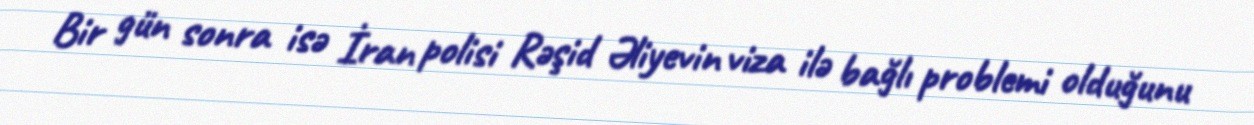
Bir gün sonra isə İran polisi Rəşid Əliyevin viza ilə bağlı problemi olduğunu